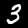
Label: 3